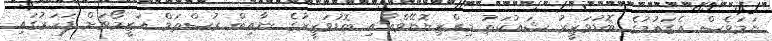
ނަމަވެސް އެގައުމުގެ ބޮޑުވަޒީރު ޝައުކަތު މިރްޒިޔޮޔޭވްއާއި ބޮޑުވަޒީރުގެ ނާއިބް ރުސްތަމް އަޒީމޯވަށް ފަހަރުގައި